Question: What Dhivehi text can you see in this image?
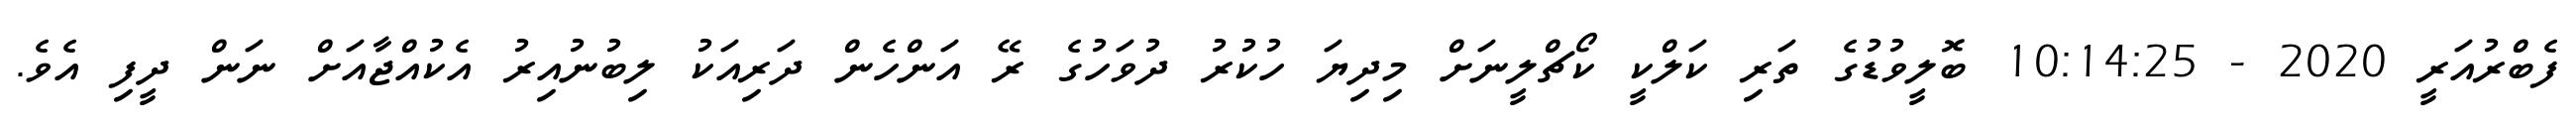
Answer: ފެބްރުއަރީ 2020 - 10:14:25 ބޮލީވުޑުގެ ތަރި ކަލްކީ ކޯޗްލީނަށް މިދިޔަ ހުކުރު ދުވަހުގެ ރޭ އަންހެން ދަރިއަކު ލިބުނުއިރު އެކުއްޖާއަށް ނަން ދީފި އެވެ.